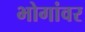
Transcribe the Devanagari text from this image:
भोगांवर